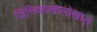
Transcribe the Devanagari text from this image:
जिनिव्हाखालोखाल